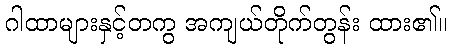
ဂါထာများနှင့်တကွ အကျယ်တိုက်တွန်း ထား၏။